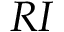
R I